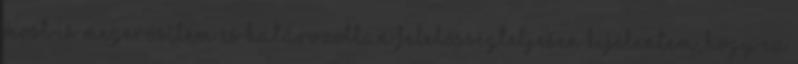
most is megerősítem és határozottan felelősségteljesen kijelentem, hogy ez